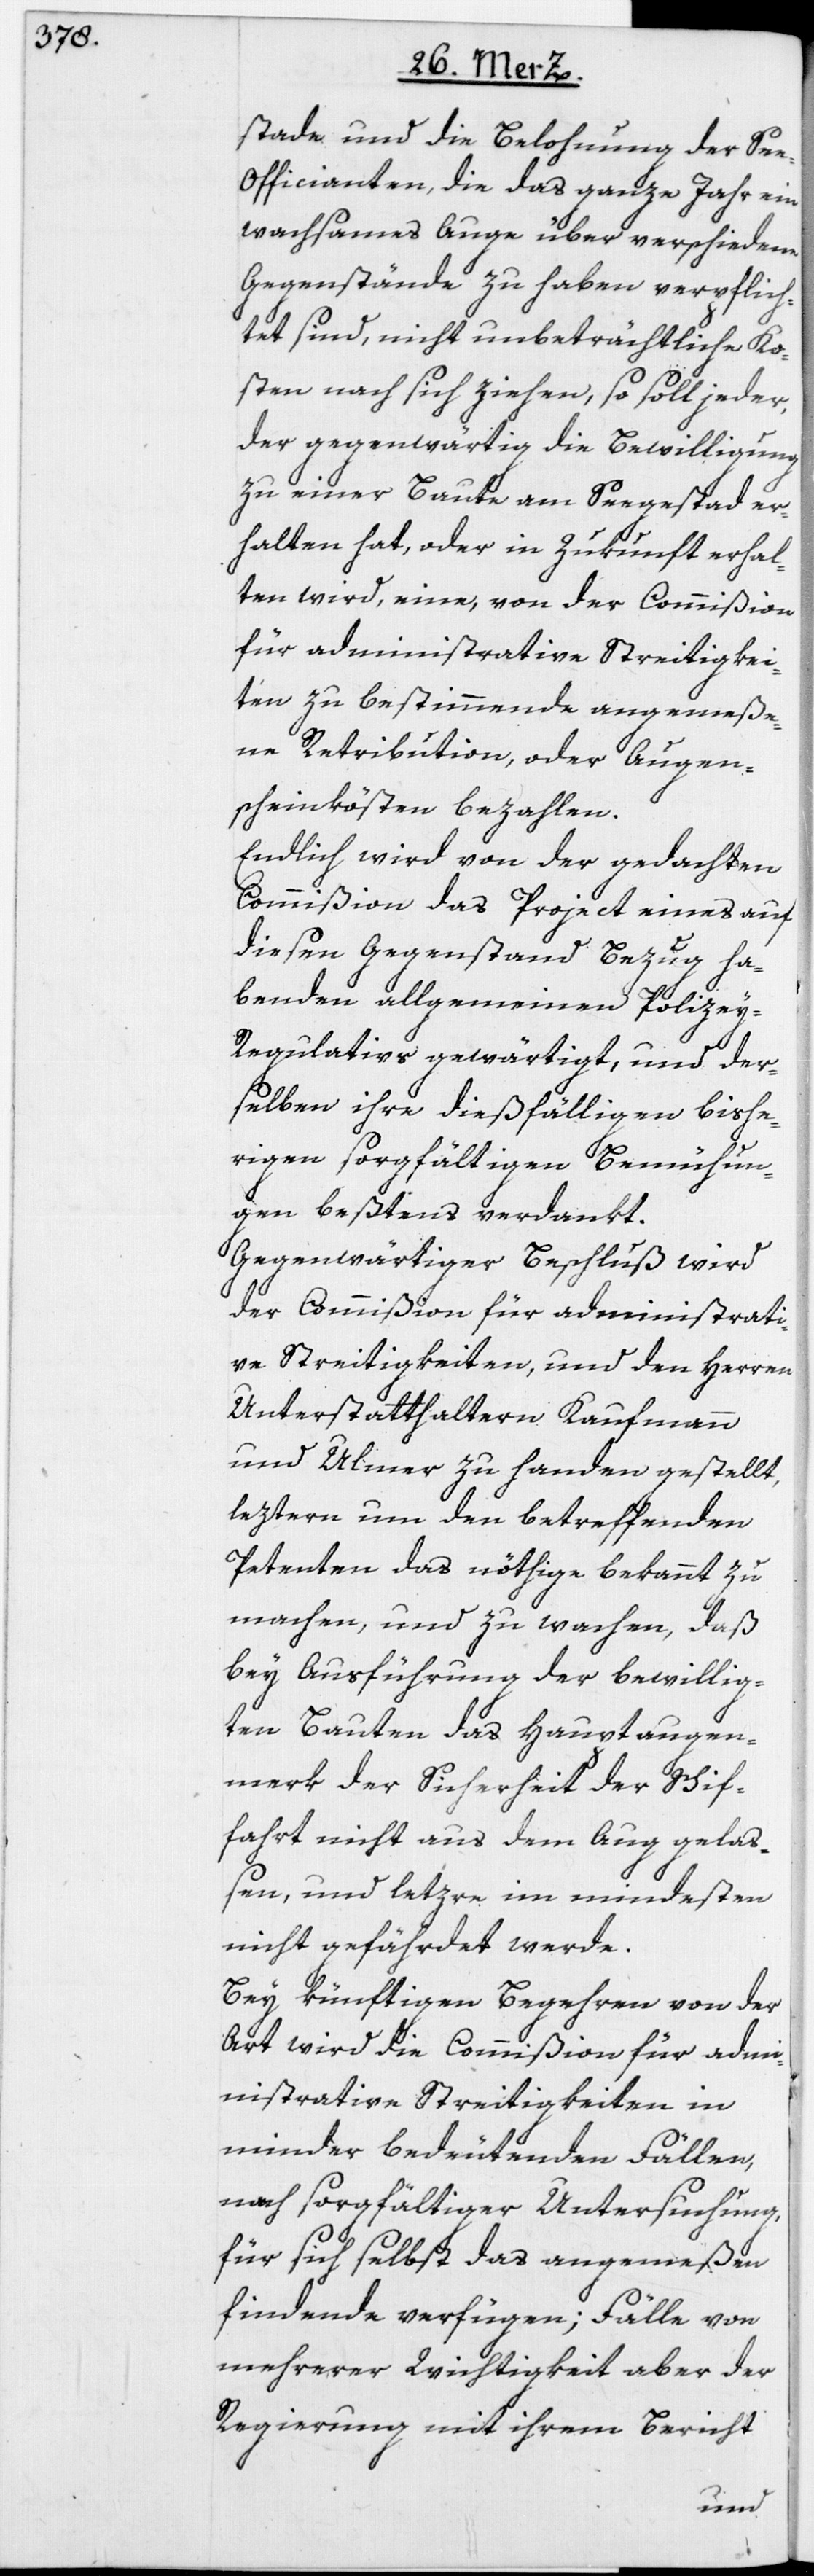
stade und die Belohnung der Se¬
e-Officianten, die das ganze Jahr ein
wachsames Auge über verschiedene
Gegenstände zu haben verpflich¬
tet sind, nicht unbeträchtliche Ko¬
sten nach sich ziehen, so soll jeder,
der gegenwärtig die Bewilligung
zu einer Baute am Seegestad er¬
halten hat, oder in Zukunft erhal¬
ten wird, eine, von der Commißion
für administrative Streitigkei¬
ten zu bestimmende angemeße¬
ne Retribution, oder Augen¬
scheinkösten bezahlen.
Endlich wird von der gedachten
Commißion das Project eines auf
diesen Gegenstand Bezug ha¬
benden allgemeinen Polize¬
y-Regulativs gewärtigt, und der¬
selben ihre dießfälligen bishe¬
rigen sorgfältigen Bemühun¬
gen beßtens verdankt.
Gegenwärtiger Beschluß wird
der Commißion für administrati¬
ve Streitigkeiten, und den Herren
Unterstatthaltern Kaufmann
und Ulmer zu handen gestellt,
leztern um den betreffenden
Petenten das nöthige bekannt zu
machen, und zu wachen, daß
bey Ausführung der bewillig¬
ten Bauten das Hauptaugen¬
merk der Sicherheit der Schif¬
fahrt nicht aus dem Aug gelaß¬
en, und letz[t]re im mindesten
nicht gefährdet werde.
Bey künftigen Begehren von der
Art wird die Commißion für adm¬
inistrative Streitigkeiten in
minder bedeutenden Fällen,
nach sorgfältiger Untersuchung,
für sich selbst das angemeßen
findende verfügen; Fälle von
mehrerer Wichtigkeit aber der
Regierung mit ihrem Bericht